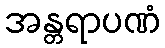
အန္တရာပဏံ